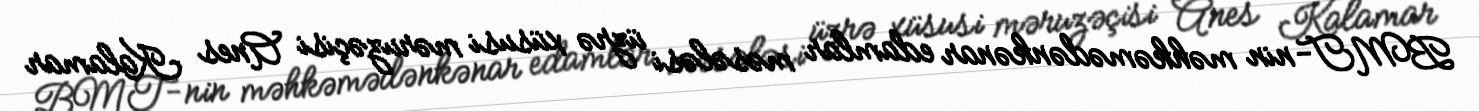
BMT-nin məhkəmədənkənar edamlar məsələsi üzrə xüsusi məruzəçisi Anes Kalamar